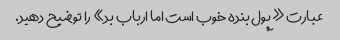
عبارت «پول بنده خوب است اما ارباب بد» را توضیح دهید.